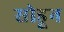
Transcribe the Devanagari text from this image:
सोडूून